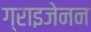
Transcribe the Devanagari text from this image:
ग्राइजेनन